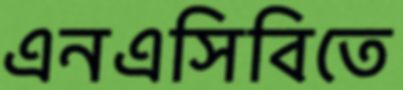
এনএসিবিতে